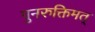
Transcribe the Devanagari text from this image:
पुनरुक्तिमत्